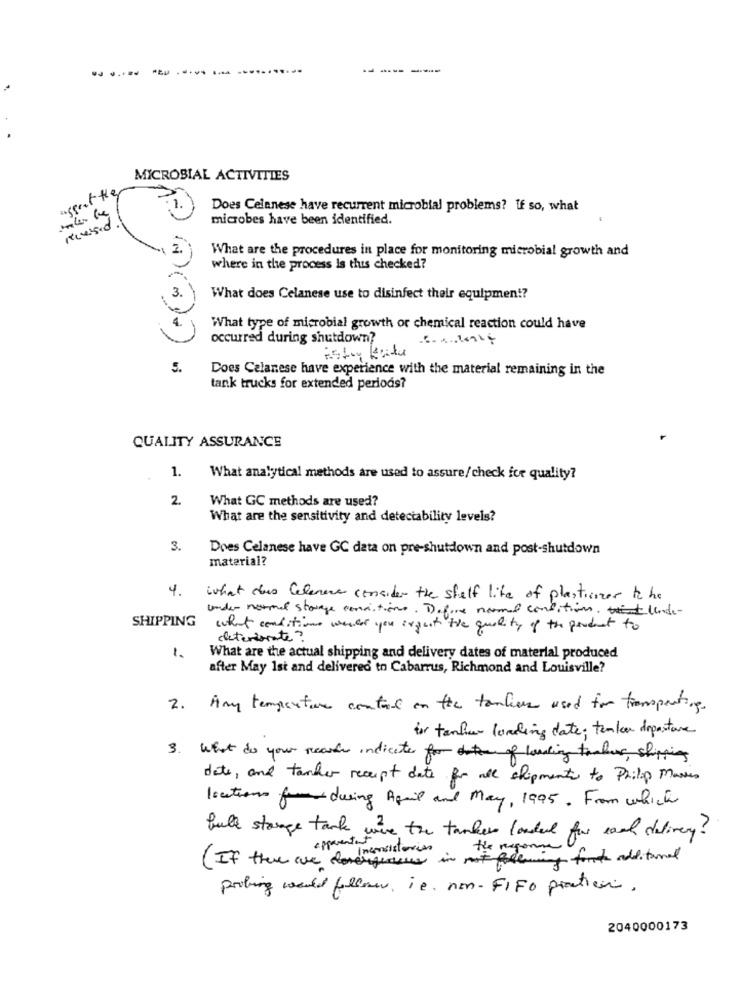
.......
---
MICROBIAL ACTIVITIES
assert the
Does Celanese have recurrent microbial problems? If so, what
Mussed
microbes have been identified.
2.
What are the procedures in place for monitoring microbial growth and
where in the process Is this checked?
3.
What does Celanese use to disinfect their equipmen !?
4.
What type of microbial growth or chemical reaction could have
occurred during shutdown?
5.
Does Celanese have experience with the material remaining in the
tank trucks for extended periods?
QUALITY ASSURANCE
1.
What analytical methods are used to assure/check fee quality?
2.
What GC methods are used?
What are the sensitivity and detectability levels?
3.
Does Celanese have GC data on pre-shutdown and post-shutdown
material?
4. What dus Celenare consider the shelf life of plasticizer to he
under normal storage conditions. Defire named conditions, und-
SHIPPING
what conditions wendet you august the quality of the product to
deteriorate?
1.
What are the actual shipping and delivery dates of material produced
after May 1st and delivered to Cabarrus, Richmond and Louisville?
2.
Any temperature control on the tauliers used for transporting.
for tenfier loading date; tenker departure
3. What do your records indicate for outer of loading tambur, shipping
date, and tanker recept date for all shipment to Philip Morris
locations for during April and May, 1995. From which
full storage tank ut
wire the tanker loaded for each delivery?
( If there are inconsistorio
exigences in not flemming fort additional
probing would follow, is. non-FIFO practica.
2040000173